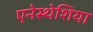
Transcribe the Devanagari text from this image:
एनेस्थेशिया